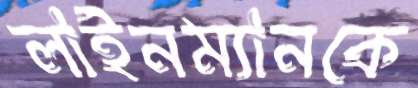
লাইনম্যানকে